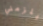
يلزمني